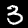
Label: 3